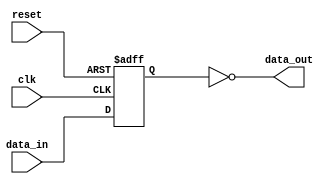
module inverter_delay (
    input wire clk,
    input wire reset,
    input wire data_in,
    output reg data_out
);

reg data_in_dly;

always @(posedge clk or posedge reset) begin
    if (reset) begin
        data_in_dly <= 1'b0;
    end else begin
        data_in_dly <= data_in;
    end
end

assign data_out = ~data_in_dly;

endmodule